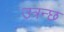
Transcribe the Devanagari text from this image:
उत्रन्छ